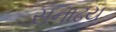
સનાઢય